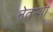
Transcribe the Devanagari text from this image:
नेतन्या